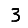
Digit: 3